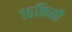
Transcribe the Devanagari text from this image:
१६किमी